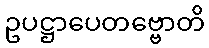
ဥပဋ္ဌာပေတဗ္ဗောတိ